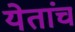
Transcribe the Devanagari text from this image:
येतांच